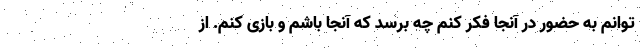
‌توانم به حضور در آنجا فکر کنم چه برسد که آنجا باشم و بازی کنم. از